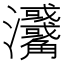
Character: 𤅳